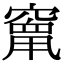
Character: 𮄒